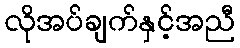
လိုအပ်ချက်နှင့်အညီ